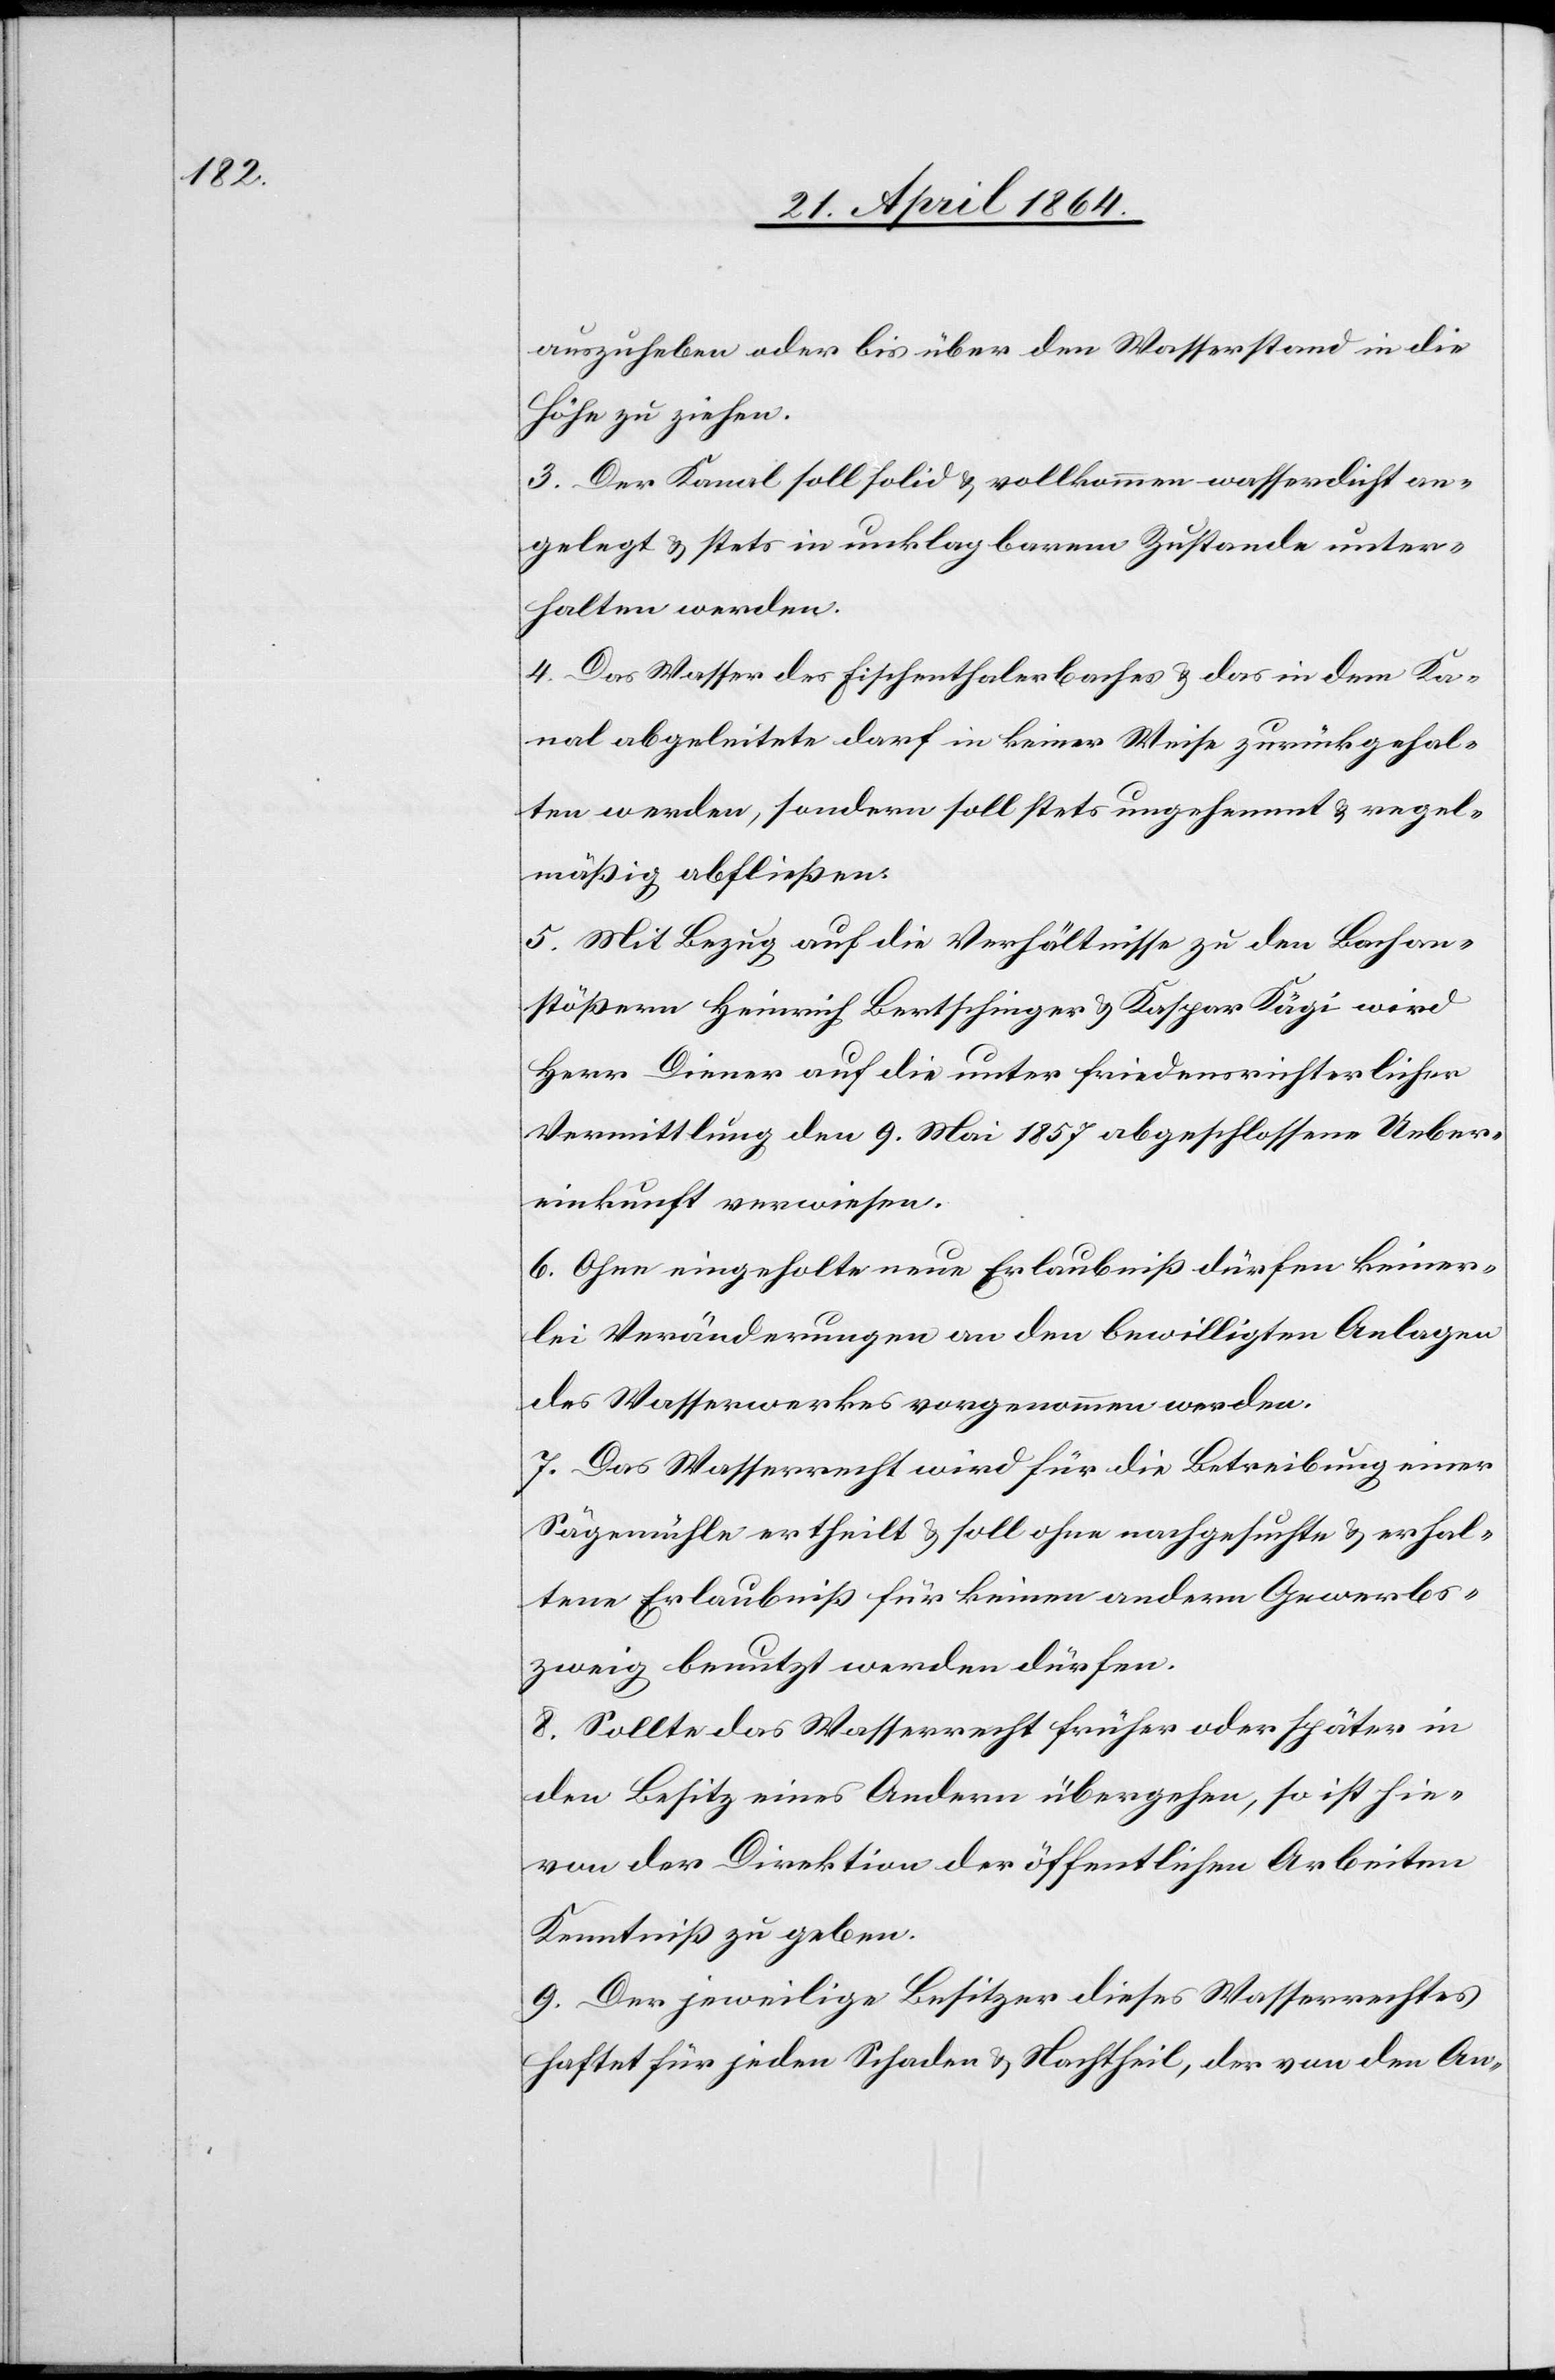
auszuheben oder bis über den Wasserstand in die
Höhe zu ziehen.
3. Der Kanal soll solid u. vollkommen wasserdicht an¬
gelegt u. stets in unklagbarem Zustande unter¬
halten werden.
4. Das Wasser des Fischenthalerbaches u. das in dem Ka¬
nal abgeleitete darf in keiner Weise zurückgehal¬
ten werden, sondern soll stets ungehemmt u. regel¬
mäßig abfließen.
5. Mit Bezug auf die Verhältnisse zu den Bachan¬
stößern Heinrich Bertschinger u. Kaspar Kägi wird
Herr Diener auf die unter friedensrichterlicher
Vermittlung den 9. Mai 1857 abgeschlossene Ueber¬
einkunft verwiesen.
6. Ohne eingeholte neue Erlaubniß dürfen keiner¬
lei Veränderungen an den bewilligten Anlagen
des Wasserwerkes vorgenommen werden.
7. Das Wasserrecht wird für die Betreibung einer
Sägemühle ertheilt u. soll ohne nachgesuchte u. erhal¬
tene Erlaubniß für keinen andern Gewerbs¬
zweig benutzt werden dürfen.
8. Sollte das Wasserrecht früher oder später in
den Besitz eines Andern übergehen, so ist hie¬
von der Direktion der öffentlichen Arbeiten
Kenntniß zu geben.
9. Der jeweilige Besitzer dieses Wasserrechtes
haftet für jeden Schaden u. Nachtheil, der von den An-